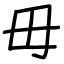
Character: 毋